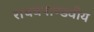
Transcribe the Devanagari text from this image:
राघवपाण्डवीय